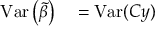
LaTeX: \begin{array} { r l r l } { \operatorname { V a r } \left( { \tilde { \beta } } \right) } & { { } = \operatorname { V a r } ( C y ) } \end{array}